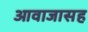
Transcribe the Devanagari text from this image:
आवाजासह